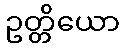
ဥတ္တိယော